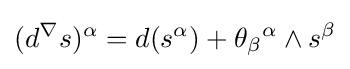
(d^{\nabla }s)^{\alpha }=d(s^{\alpha })+\theta _{\beta }{}^{\alpha }\wedge s^{\beta }